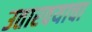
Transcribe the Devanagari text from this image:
उतारवयाचा